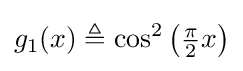
g_{1}(x)\triangleq \cos ^{2}\left({\tfrac {\pi }{2}}x\right)